system: You are a helpful assistant.
user:
Analyze the provided spectrum to determine if it is a **Carbon Star (C-type)**.

- **Key Visual Indicators of Carbon Star:**
    - **(Primary):** Strong molecular absorption from **C₂ (diatomic carbon) "Swan Bands."** This is the **defining feature** of a carbon star.
        - **(Key Bandheads):** Sharp absorption edges are visible at approximately $5635$ Å, $5165$ Å (the strongest band), and $4737$ Å.
        - **(Line Profile):** Creates a distinct **"saw-tooth"** pattern. The key morphology is a sharp, steep bandhead on the **red (long-wavelength) side**, which then gradually tapers off (i.e., flux recovers) towards the **blue (short-wavelength) side**. *(This is the direct opposite of the TiO bands seen in M-type stars)*.

    - **(Secondary):** Intense **CN (cyanogen)** molecular absorption bands.
        - **(Key Bandheads):** Located in the blue and violet regions of the spectrum (e.g., near $4215$ Å and $3883$ Å).
        - **(Morphology):** These bands are extremely broad and act as a "blanket," absorbing the vast majority of blue and violet light. This creates a characteristic **"cliff"** or **"steep drop-off"** in the spectrum's flux at short wavelengths.

    - **(Key Confirmation):** Strong **CH absorption band (G-band)**.
        - **(Key Bandhead):** Located around $4300$ Å. The contribution from CH molecules to this band is exceptionally strong.

    - **(Overall Spectrum):**
        - The continuum is severely "chopped up" by these deep molecular bands, especially C₂, rather than appearing as a smooth curve.
        - Due to the heavy CN and C₂ absorption in the blue-green, the vast majority of the star's flux is concentrated in the red part of the spectrum, giving the star its characteristic deep red color.

Think first, call **spectral_visualization_tool** if needed to examine features in detail, then provide your final answer. Your response must adhere to the following strict rules:
1.  **Overall Structure:** Your response must follow the format `<think>...</think> <tool_call>...</tool_call> (if a tool is used) <answer>...</answer>`.
2.  **Tool Usage Constraint:** You may only make **one** tool call per turn.
3.  **Final Answer Format:** In the `<answer>` tag, your conclusion must be inside a `\boxed{}` command (e.g., `\boxed{YES}`), followed by your justification.

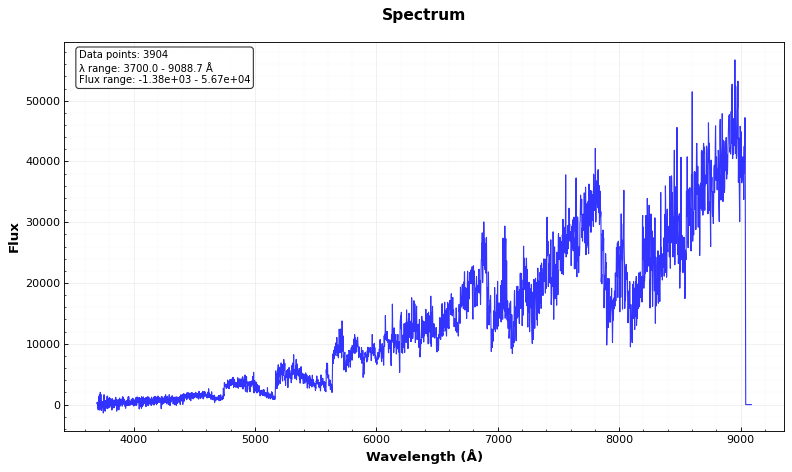
Answer: YES